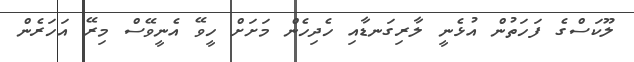
ލޫކަސްގެ ފަހަތުން އުޅެނީ ލާރިގަނޑާއި ހެދިހެން މަށަށް ހީވޭ އެނީވޭސް މިރޭ އަހަރެން